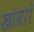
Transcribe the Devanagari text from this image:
खांगरों